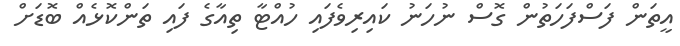
އީތަން ފަސްފަހަތުން ގޮސް ނުހަނު ކައިރިވެފައި ހުއްޓާ ތިއާގެ ފައި ތަންކޮޅެއް ބޮޑަށް